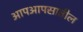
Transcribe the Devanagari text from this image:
आपआपसातील